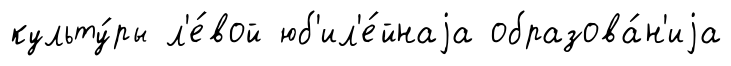
культу́ры л'е́вой юб'ил'е́йнаjа образова́н'иjа